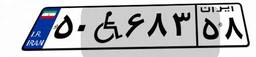
۵۰W۶۸۳۵۸